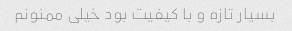
بسیار تازه و با کیفیت بود خیلی ممنونم